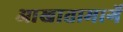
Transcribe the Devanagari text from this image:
आखातामार्गे